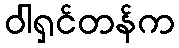
ဝါရှင်တန်က